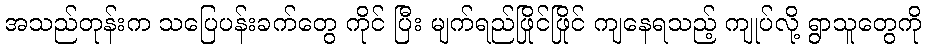
အသည်တုန်းက သပြေပန်းခက်တွေ ကိုင် ပြီး မျက်ရည်ဖြိုင်ဖြိုင် ကျနေရသည့် ကျုပ်လို့ ရွာသူတွေကို